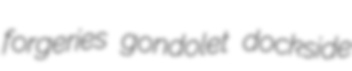
forgeries gondolet dockside